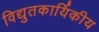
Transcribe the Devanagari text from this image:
विद्युतकार्यिकीय